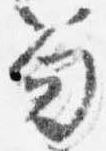
笏